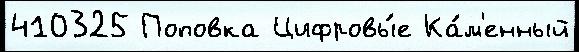
410325 Поповка Цифровы́е Ка́м'енный